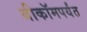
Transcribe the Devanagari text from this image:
बीकॉमपर्यंत